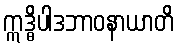
ဣဒ္ဓိပါဒဘာဝနာယာတိ